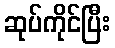
ဆုပ်ကိုင်ပြီး